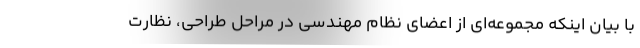
با بیان اینکه مجموعه‌ای از اعضای نظام مهندسی در مراحل طراحی، نظارت